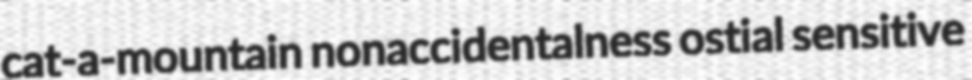
cat-a-mountain nonaccidentalness ostial sensitive